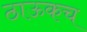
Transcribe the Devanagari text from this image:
ठाऊकच